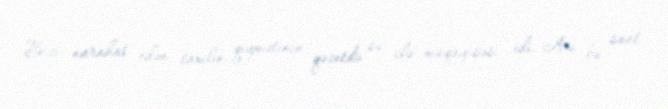
Bizi narahat edən taxılın qiymətinin qəzetdə su ilə müqayisəsi idi. Axı bu saat